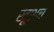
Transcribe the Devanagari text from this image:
खूशच